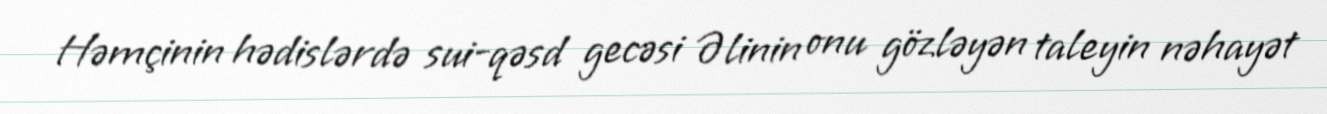
Həmçinin hədislərdə sui-qəsd gecəsi Əlinin onu gözləyən taleyin nəhayət